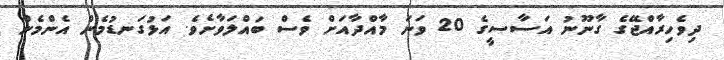
ދިވެހިރާއްޖޭގެ ގާނޫނު އަސާސީގެ 20 ވަނަ މާއްދާއަށް ވެސް ބައްލަވާށެވެ. އަޅުގަނޑުމެން އެންމެން